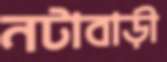
নটাবাড়ী